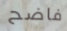
فاضح